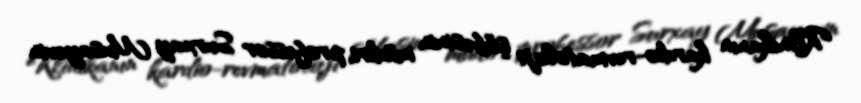
Klinikanın kardio-revmatoloji şöbəsinin müdiri, professor Surxay Musayevin